Annual report on the Civil Veterinary Department, Burma (including the Insein Veterinary School) - 1910-1922
Year: 1910
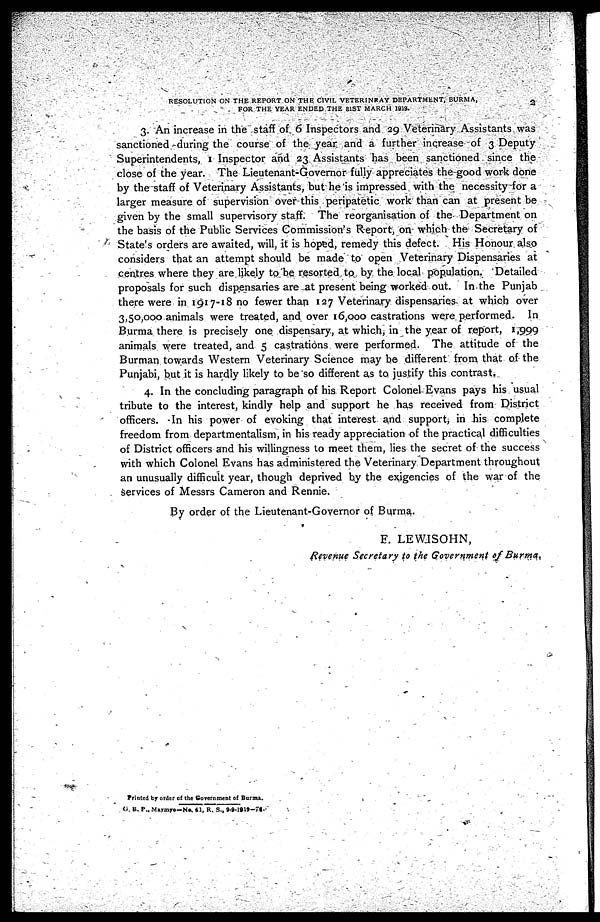
RESOLUTION ON THE REPORT ON THE CIVIL VETERINARY DEPARTMENT, BURMA,
2
FOR THE YEAR ENDED THE 81ST MARCH 1919.
3. An increase in the staff of 6 Inspectors and 29 Veterinary Assistants was
sanctioned during the course of the year and a further increase of 3 Deputy
Superintendents, 1 Inspector and 23 Assistants has been sanctioned since the
close of the year. The Lieutenant-Governor fully appreciates the good work done
by the staff of Veterinary Assistants, but he is impressed with the necessity for a
larger measure of supervision over this peripatetic work than can at present be
given by the small supervisory staff. The reorganisation of the Department on
the basis of the Public Services Commission's Report, on which the Secretary of
State's orders are awaited, will, it is hoped, remedy this defect. His Honour also
considers that an attempt should be made to open Veterinary Dispensaries at
centres where they are likely to be resorted to by the local population. Detailed
proposals for such dispensaries are at present being worked out. In the Punjab
there were in 1917-18 no fewer than 127 Veterinary dispensaries at which over
3,50,000 animals were treated, and over 16,000 castrations were performed. In
Burma there is precisely one dispensary, at which, in the year of report, 1,999
animals were treated, and 5 castrations were performed. The attitude of the
Burman towards Western Veterinary Science may be different from that of the
Punjabi, but it is hardly likely to be so different as to justify this contrast,
4. In the concluding paragraph of his Report Colonel- Evans pays his usual
tribute to the interest, kindly help and support he has received from District
officers. In his power of evoking that interest and support, in his complete
freedom from departmentalism, in his ready appreciation of the practical difficulties
of District officers and his willingness to meet them, lies the secret of the success
with which Colonel Evans has administered the Veterinary Department throughout
an unusually difficult year, though deprived by the exigencies of the war of the
services of Messrs Cameron and Rennie.
By order of the Lieutenant-Governor of Burma.
F. LEWISOHN,
Revenue Secretary to the Government of Burma,
Printed by order of the Government of Burma.
C. B. P., Maymyo-No. 41, R. S., 9-9-1919—76.